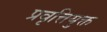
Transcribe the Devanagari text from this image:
प्रवृत्तियुक्त